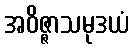
အဝိဇ္ဇာသမုဒယံ